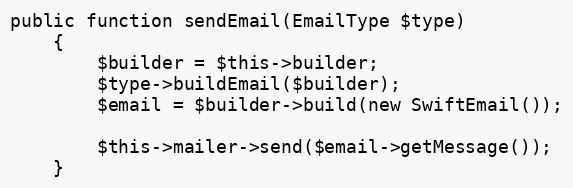
Language: PHP
public function sendEmail(EmailType $type)
    {
        $builder = $this->builder;
        $type->buildEmail($builder);
        $email = $builder->build(new SwiftEmail());

        $this->mailer->send($email->getMessage());
    }